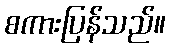
စကားပြန်သည်။